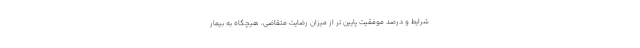
شرایط و درصد موفقیت پایین تر از میزان رضایت متقاضی، هیچگاه به بیمار